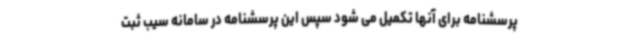
پرسشنامه برای آنها تکمیل می شود سپس این پرسشنامه در سامانه سیب ثبت